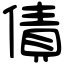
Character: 債